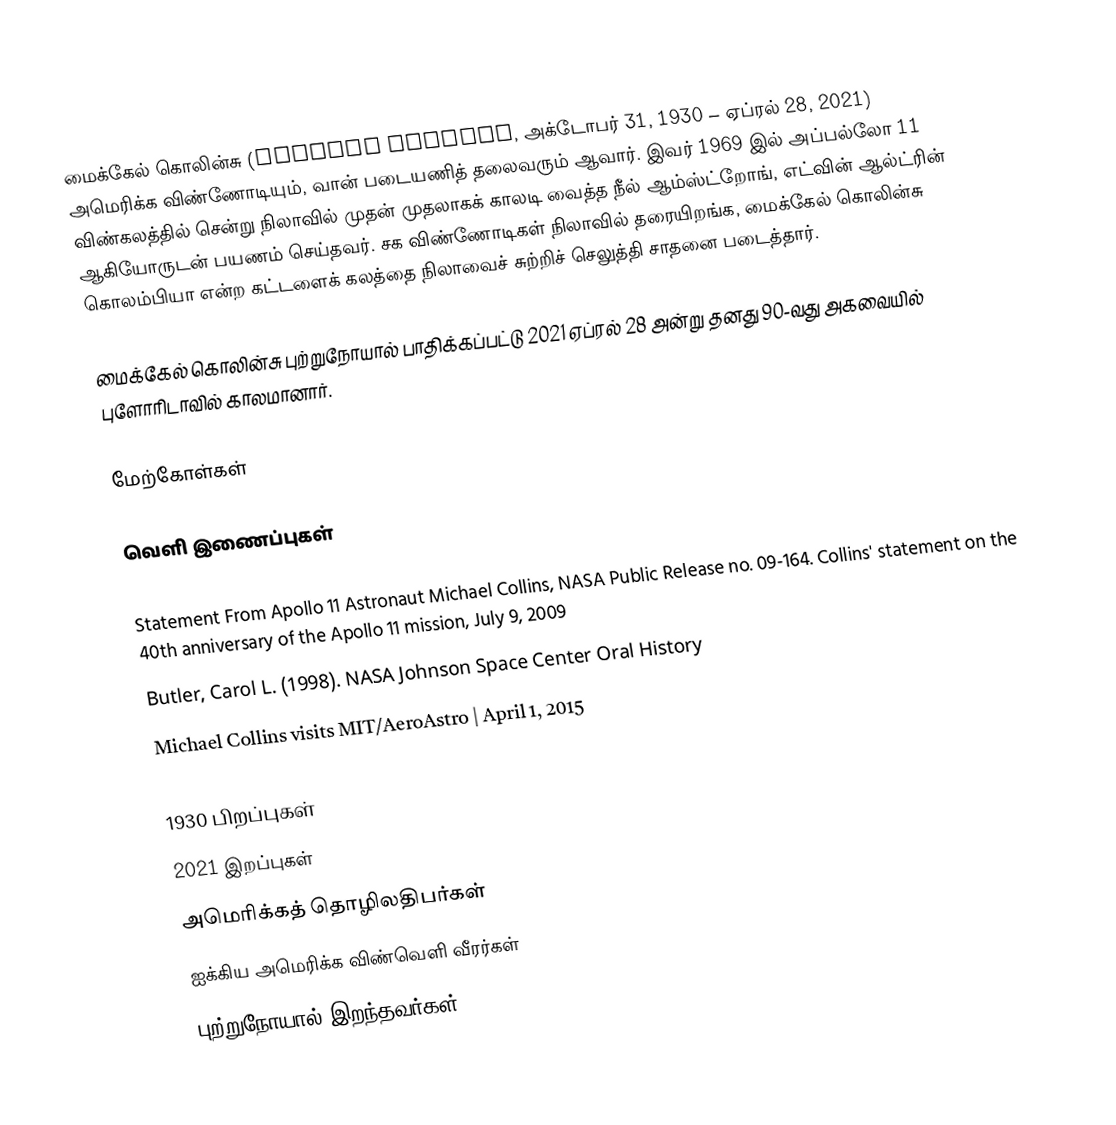
மைக்கேல் கொலின்சு (Michael Collins, அக்டோபர் 31, 1930 – ஏப்ரல் 28, 2021) அமெரிக்க விண்ணோடியும், வான் படையணித் தலைவரும் ஆவார். இவர் 1969 இல் அப்பல்லோ 11 விண்கலத்தில் சென்று நிலாவில் முதன் முதலாகக் காலடி வைத்த நீல் ஆம்ஸ்ட்றோங், எட்வின் ஆல்ட்ரின் ஆகியோருடன் பயணம் செய்தவர். சக விண்ணோடிகள் நிலாவில் தரையிறங்க, மைக்கேல் கொலின்சு கொலம்பியா என்ற கட்டளைக் கலத்தை நிலாவைச் சுற்றிச் செலுத்தி சாதனை படைத்தார்.

மைக்கேல் கொலின்சு புற்றுநோயால் பாதிக்கப்பட்டு 2021 ஏப்ரல் 28 அன்று தனது 90-வது அகவையில் புளோரிடாவில் காலமானார்.

மேற்கோள்கள்

வெளி இணைப்புகள்

 Statement From Apollo 11 Astronaut Michael Collins, NASA Public Release no. 09-164. Collins' statement on the 40th anniversary of the Apollo 11 mission, July 9, 2009
 Butler, Carol L. (1998). NASA Johnson Space Center Oral History
 Michael Collins visits MIT/AeroAstro | April 1, 2015

1930 பிறப்புகள்
2021 இறப்புகள்
அமெரிக்கத் தொழிலதிபர்கள்
ஐக்கிய அமெரிக்க விண்வெளி வீரர்கள்
புற்றுநோயால் இறந்தவர்கள்